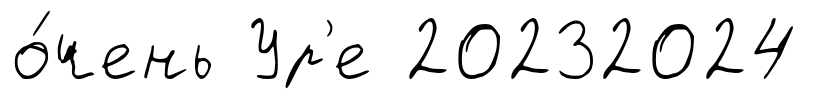
о́чень Ур'е 20232024